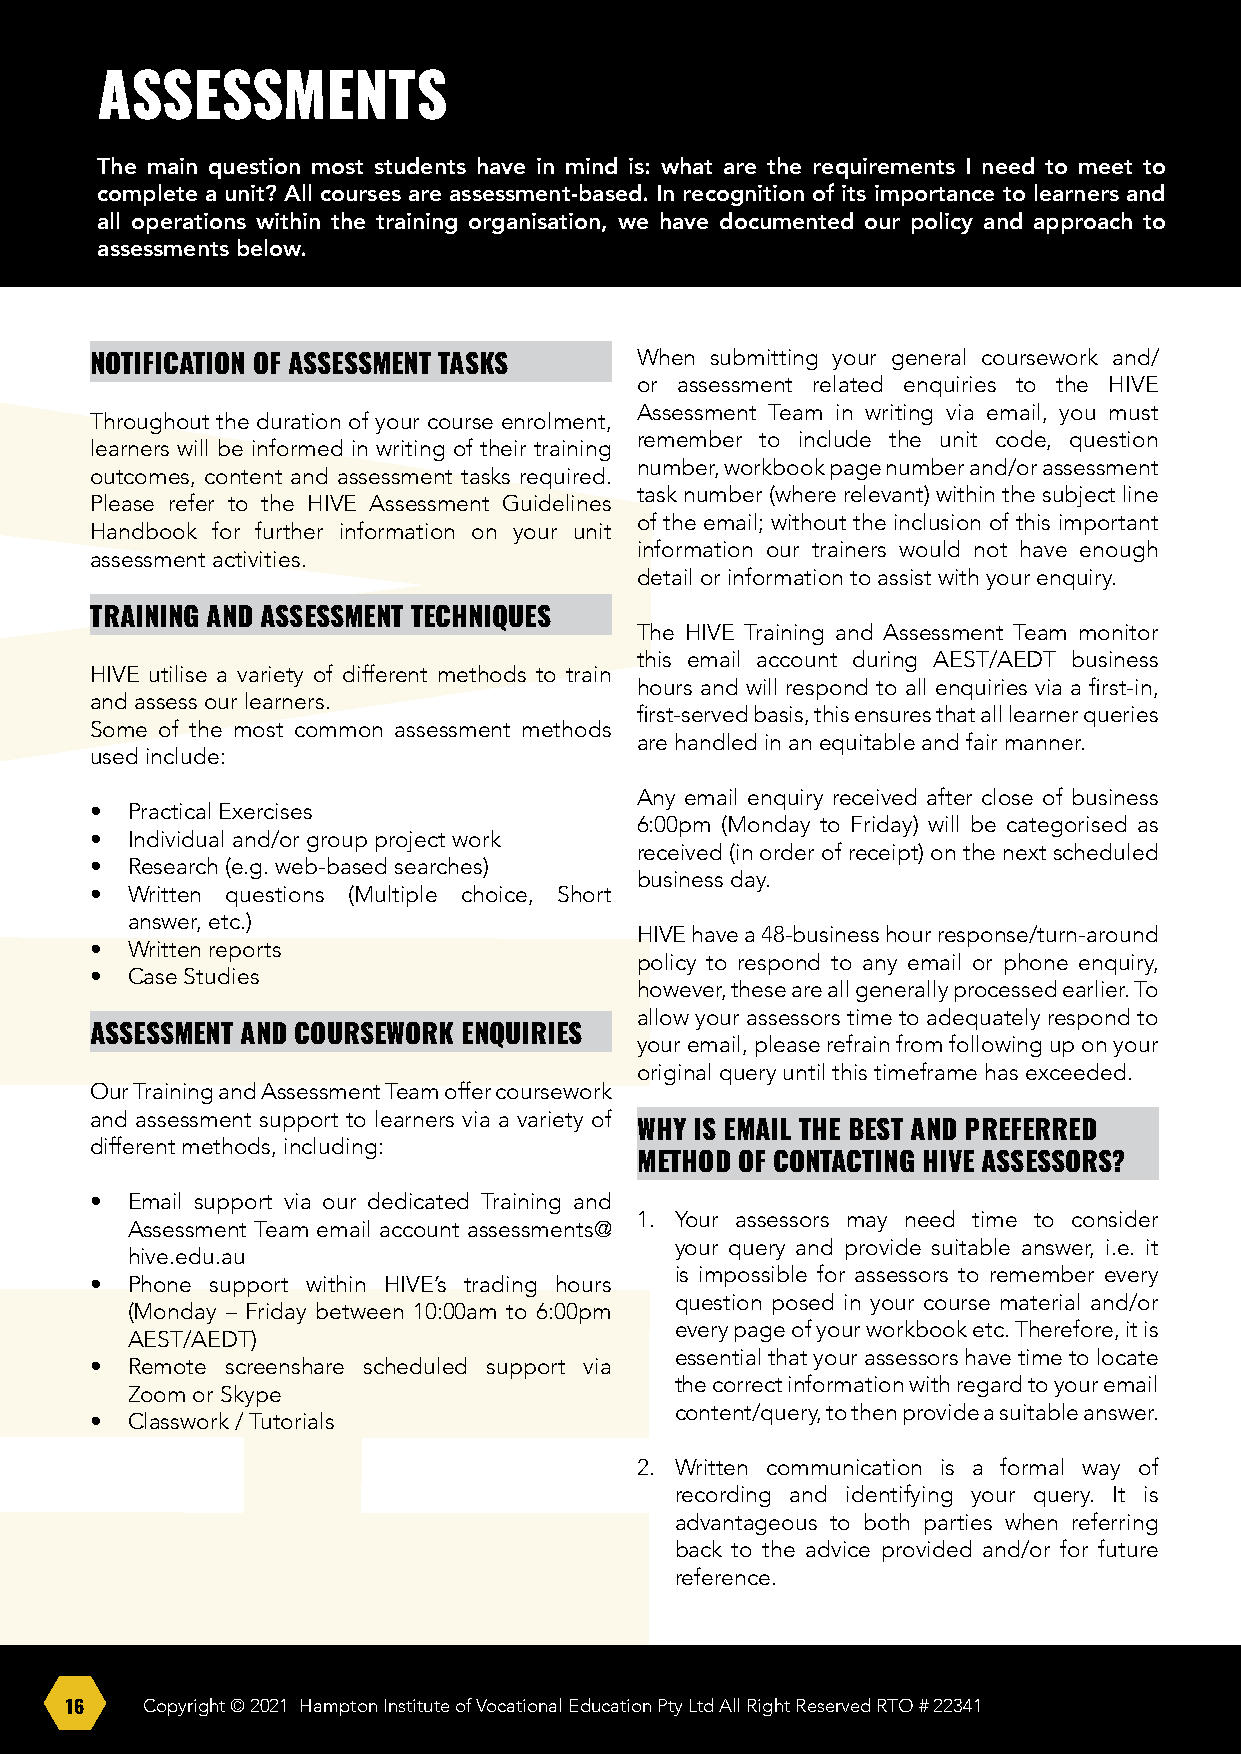
ASSESSMENTS
 The main question most students have in mind is: what are the requirements I need to meet to
 complete a unit? All courses are assessment-based. In recognition of its importance to learners and
 all operations within the training organisation, we have documented our policy and approach to
 assessments below.
 When submitting your general coursework and/
 NOTIFICATION OF ASSESSMENT TASKS
 or assessment related enquiries to the HIVE
 Assessment Team in writing via email, you must
 Throughout the duration of your course enrolment,
 remember to include the unit code, question
 learners will be informed in writing of their training
 number, workbook page number and/or assessment
 outcomes, content and assessment tasks required.
 task number (where relevant) within the subject line
 Please refer to the HIVE Assessment Guidelines
 of the email; without the inclusion of this important
 Handbook for further information on your unit
 information our trainers would not have enough
 assessment activities.
 detail or information to assist with your enquiry.
 TRAINING AND ASSESSMENT TECHNIQUES
 The HIVE Training and Assessment Team monitor
 this email account during AEST/AEDT business
 HIVE utilise a variety of different methods to train
 hours and will respond to all enquiries via a first-in,
 and assess our learners.
 first-served basis, this ensures that all learner queries
 Some of the most common assessment methods
 are handled in an equitable and fair manner.
 used include:
 Any email enquiry received after close of business
 • Practical Exercises
 6:00pm (Monday to Friday) will be categorised as
 • Individual and/or group project work
 received (in order of receipt) on the next scheduled
 • Research (e.g. web-based searches)
 business day.
 • Written questions (Multiple choice, Short
 answer, etc.)
 HIVE have a 48-business hour response/turn-around
 • Written reports
 policy to respond to any email or phone enquiry,
 • Case Studies
 however, these are all generally processed earlier. To
 allow your assessors time to adequately respond to
 ASSESSMENT AND COURSEWORK ENQUIRIES
 your email, please refrain from following up on your
 original query until this timeframe has exceeded.
 Our Training and Assessment Team offer coursework
 and assessment support to learners via a variety of
 WHY IS EMAIL THE BEST AND PREFERRED
 different methods, including:
 METHOD OF CONTACTING HIVE ASSESSORS?
 • Email support via our dedicated Training and
 1. Your assessors may need time to consider
 Assessment Team email account assessments@
 your query and provide suitable answer, i.e. it
 hive.edu.au
 is impossible for assessors to remember every
 • Phone support within HIVE’s trading hours
 question posed in your course material and/or
 (Monday – Friday between 10:00am to 6:00pm
 every page of your workbook etc. Therefore, it is
 AEST/AEDT)
 essential that your assessors have time to locate
 • Remote screenshare scheduled support via
 the correct information with regard to your email
 Zoom or Skype
 content/query, to then provide a suitable answer.
 • Classwork / Tutorials
 2. Written communication is a formal way of
 recording and identifying your query. It is
 advantageous to both parties when referring
 back to the advice provided and/or for future
 reference.
 16   Copyright © 2021 Hampton Institute of Vocational Education Pty Ltd All Right Reserved RTO # 22341